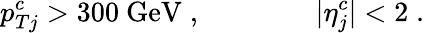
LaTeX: p_{Tj}^{c}>300~\mathrm{GeV}\; ,\qquad\qquad|\eta_{j}^{c}|<2\; .